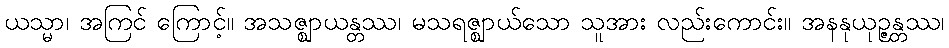
ယသ္မာ၊ အကြင် ကြောင့်။ အသဇ္ဈာယန္တဿ၊ မသရဇ္ဈာယ်သော သူအား လည်းကောင်း။ အနနုယုဉ္ဇန္တဿ၊